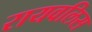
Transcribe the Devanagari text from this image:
रायवलिस